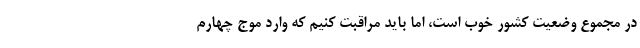
در مجموع وضعیت کشور خوب است، اما باید مراقبت کنیم که وارد موج چهارم